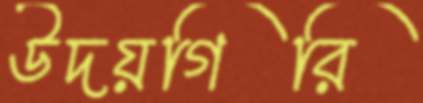
উদয়গিরি